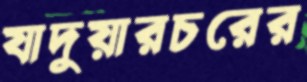
যাদুয়ারচরের